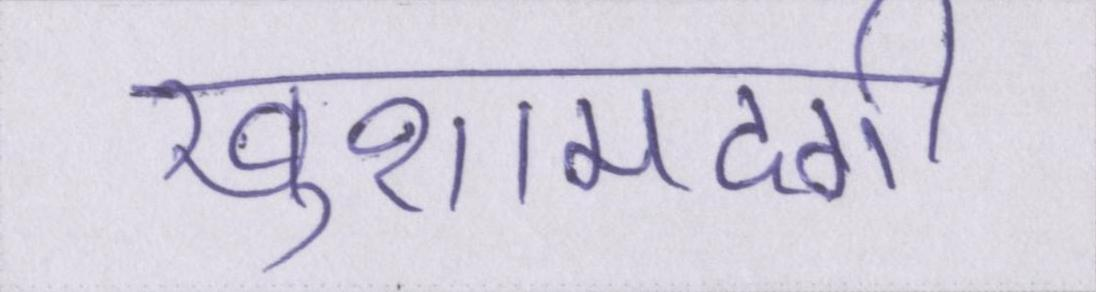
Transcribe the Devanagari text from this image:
खुशामदगी